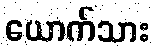
ယောက်သား